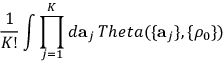
\frac { 1 } { K ! } \int \prod _ { j = 1 } ^ { K } d { \bf a } _ { j } \, T h e t a ( \{ { \bf a } _ { j } \} , \{ \rho _ { 0 } \} )